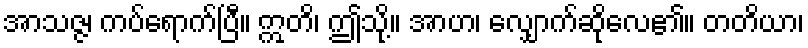
အာသဇ္ဇ၊ ကပ်ရောက်ပြီ။ ဣတိ၊ ဤသို့။ အာဟ၊ လျှောက်ဆိုလေ၏။ တတိယာ၊